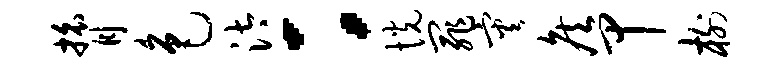
膂色汰：恍罪灾侯甲榭